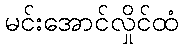
မင်းအောင်လှိုင်ထံ